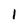
Character: I